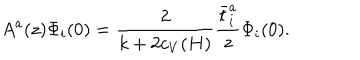
A ^ { a } ( z ) \Phi _ { i } ( 0 ) = { \frac { 2 } { k + 2 c _ { V } ( H ) } } { \frac { \bar { t } _ { i } ^ { a } } { z } } \Phi _ { i } ( 0 ) .